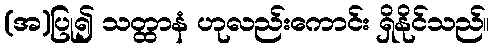
(အ)ပြု၍ သတ္ထာနံ ဟုလည်းကောင်း ရှိနိုင်သည်။